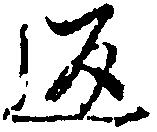
返